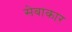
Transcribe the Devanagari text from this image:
सेवाकार